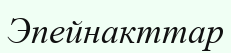
Эпейнакттар